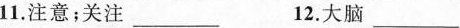
11.注意；关注___ 12.大脑___